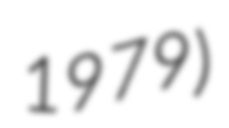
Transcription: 1979)